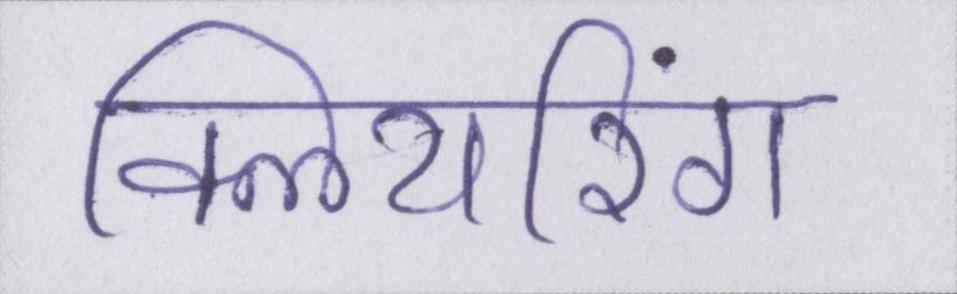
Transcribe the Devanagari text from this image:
क्लियरिंग